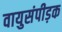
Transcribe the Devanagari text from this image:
वायुसंपीड़क